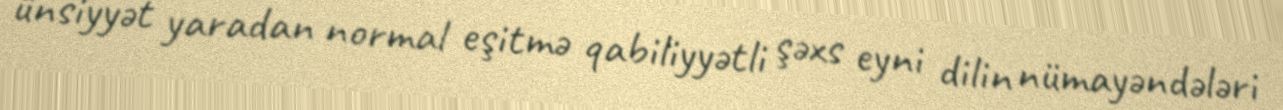
ünsiyyət yaradan normal eşitmə qabiliyyətli şəxs eyni dilin nümayəndələri